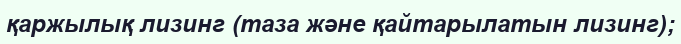
қаржылық лизинг (таза және қайтарылатын лизинг);